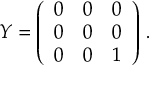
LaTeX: Y = \left( \begin{array} { c c c } { { 0 } } & { { 0 } } & { { 0 } } \\ { { 0 } } & { { 0 } } & { { 0 } } \\ { { 0 } } & { { 0 } } & { { 1 } } \end{array} \right) \, .